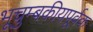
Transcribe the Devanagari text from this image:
भूचुम्बकीयपूर्वक